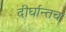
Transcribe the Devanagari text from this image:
दीर्घान्तच